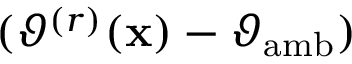
( \vartheta ^ { ( r ) } ( \mathbf { x } ) - \vartheta _ { \mathrm { a m b } } )